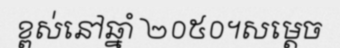
ខ្ពស់នៅឆ្នាំ ២០៥០។សម្តេច